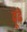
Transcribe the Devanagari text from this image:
ढ़ूंढ़े